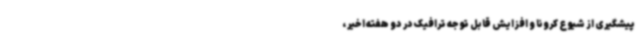
پیشگیری از شیوع کرونا و افزایش قابل توجه ترافیک در دو هفته اخیر ،